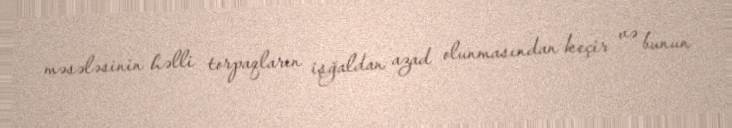
məsələsinin həlli torpaqların işğaldan azad olunmasından keçir və bunun